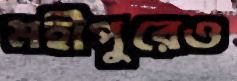
মহীপুরেও